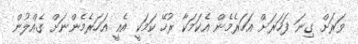
ވަރަށް ގިނަ ފަހަރަށް އަހަރެމެން އެކަމަކާ ރުހޭ ކަމަކީ އެއީ އަހަރެމެންނަށް ގެއްލުން